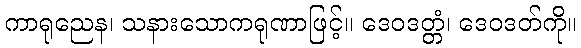
ကာရုညေန၊ သနားသောကရုဏာဖြင့်။ ဒေဝဒတ္တံ၊ ဒေဝဒတ်ကို။